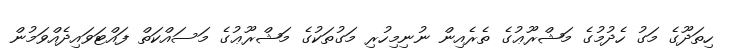
ހިތަދޫގެ މަގު ހެދުމުގެ މަޝްރޫޢުގެ ތެރެއިން ނުނިމިހުރި މަގުތަކުގެ މަޝްރޫޢުގެ މަސައްކަތް ފައްޓަވައިދެއްވަމުން